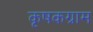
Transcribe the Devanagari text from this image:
कृषकग्राम